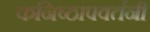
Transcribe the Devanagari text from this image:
कनिष्ठापवर्तनी